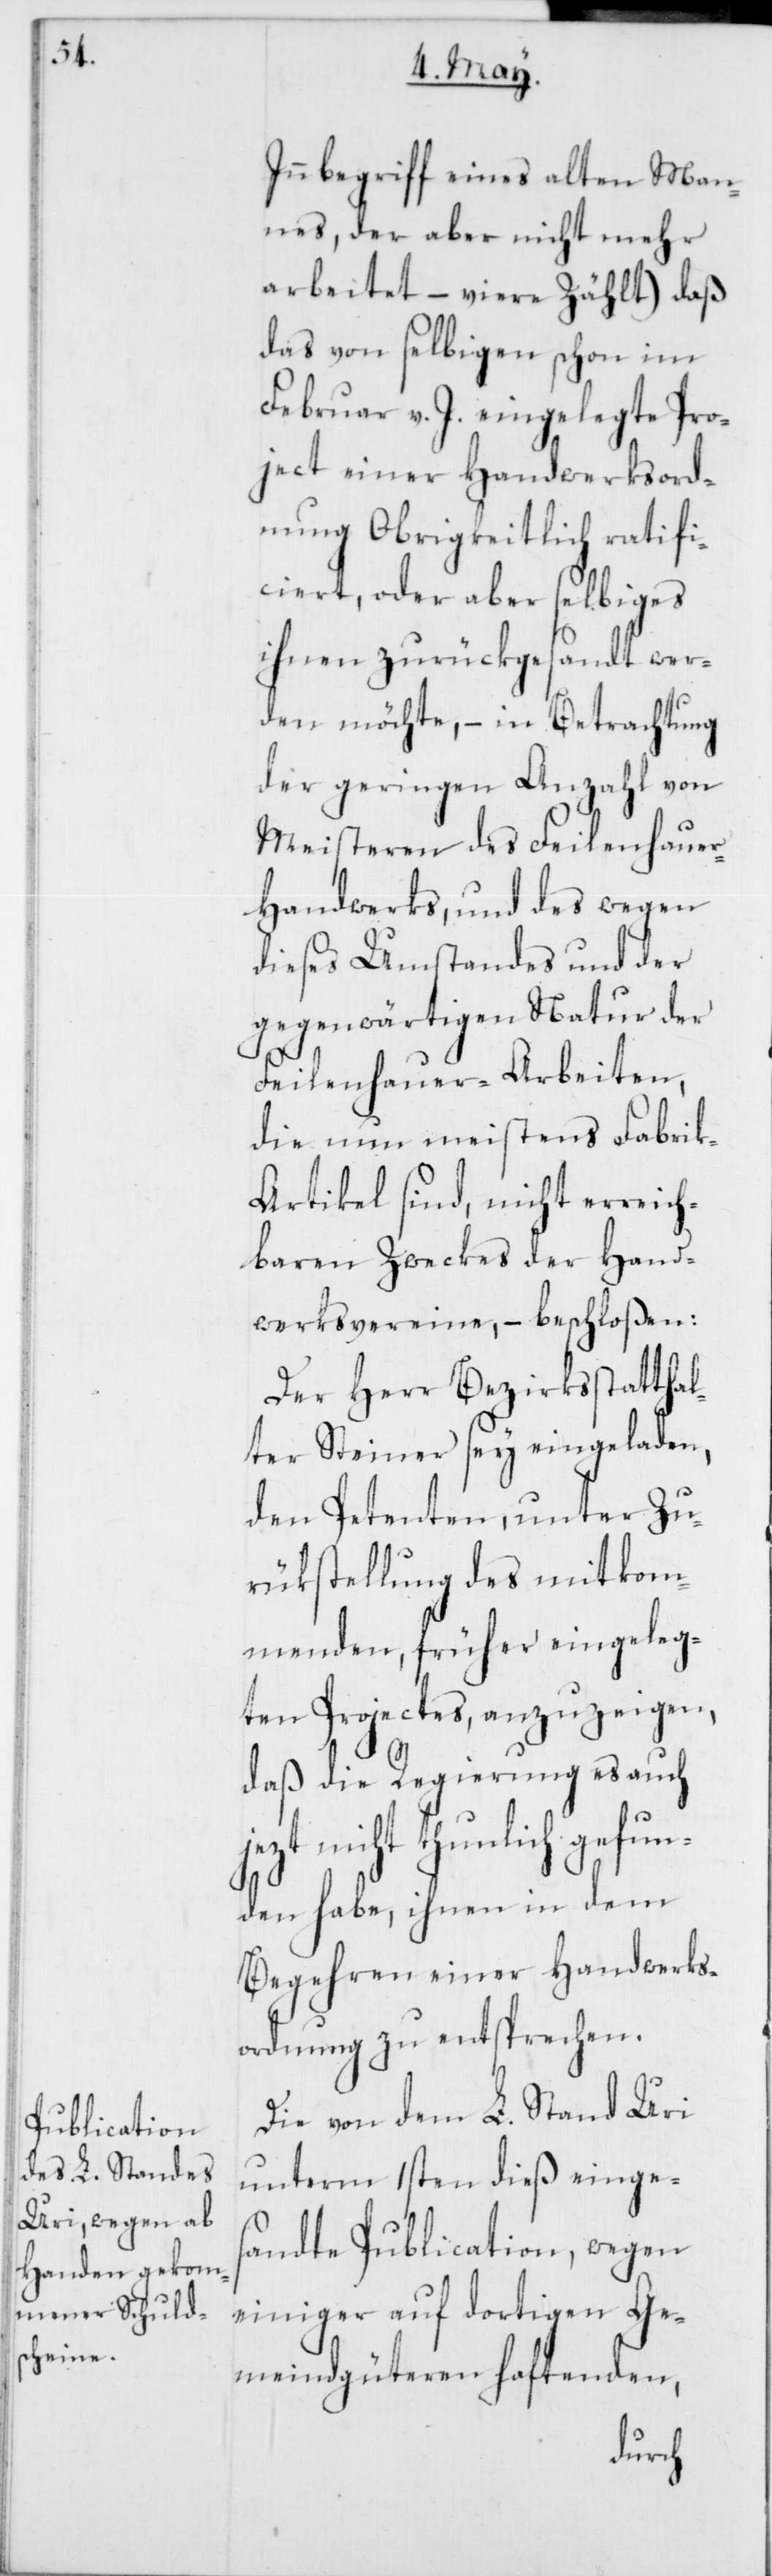
Innbegriff eines alten Man¬
nes, der aber nicht mehr
arbeitet – viere zählt), daß
das von selbigen schon im
Februar v. J. eingelegte Pro¬
ject einer Handwerksord¬
nung Obrigkeitlich ratifi¬
ciert, oder aber selbiges
ihnen zurückgesandt wer¬
den möchte, – in Betrachtung
der geringen Anzahl von
Meisteren des Feilenhaue¬
r-Handwerks, und des wegen
dieses Umstandes und der
gegenwärtigen Natur der
Feilenhauer-Arbeiten,
die nun meistens Fabri¬
k-Artikel sind, nicht erreich¬
baren Zweckes der Hand¬
werksvereine, – beschloßen:
Der Herr Bezirksstatthal¬
ter Steiner sey eingeladen,
den Petenten, unter Zu¬
rükstellung des mitkom¬
menden früher eingeleg¬
ten Projectes, anzuzeigen,
daß die Regierung es auch
nicht thunlich gefun¬
den habe, ihnen in dem
Begehren einer Handwerks¬
ordnung zu entsprechen.
Die von dem L. Stand Uri
unterm 1sten dieß einges¬
andte Publication, wegen
einiger auf dortigen Ge¬
meindgüteren haftenden,